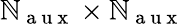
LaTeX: \mathbb{N}_{\mathrm{{~a~u~x~}}}\times\mathbb{N}_{\mathrm{{~a~u~x~}}}